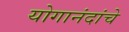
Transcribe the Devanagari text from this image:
योगानंदांचे